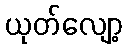
ယုတ်လျော့